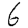
Digit: 6